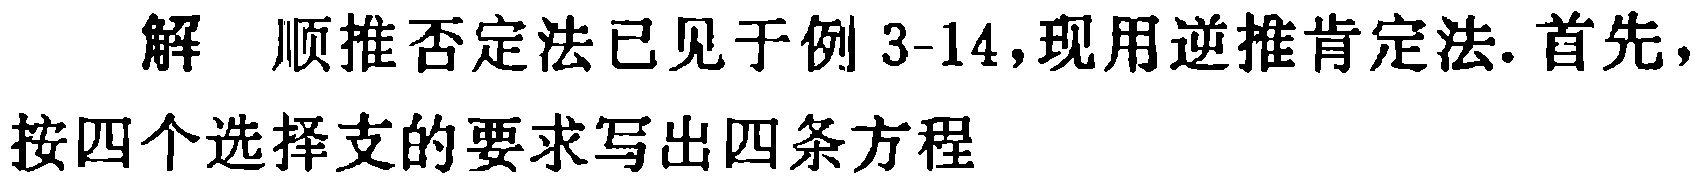
解 顺推否定法已见于例 3-14，现用逆推肯定法. 首先，按四个选择支的要求写出四条方程